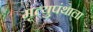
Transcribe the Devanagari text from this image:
मृत्युपंथाला